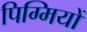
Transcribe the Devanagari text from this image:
पिग्मियों